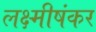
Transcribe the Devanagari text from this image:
लक्ष्मीषंकर